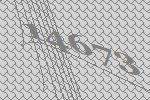
14673